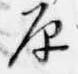
原